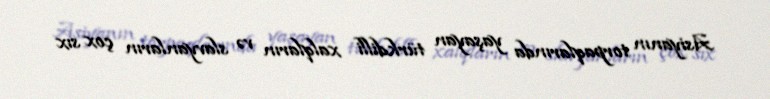
Asiyanın torpaqlarında yaşayan türkdilli xalqların və slavyanların çox sıx